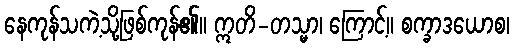
နေကုန်သကဲ့သို့ဖြစ်ကုန်၏။ ဣတိ-တသ္မာ၊ ကြောင့်။ စက္ခာဒယောစ၊